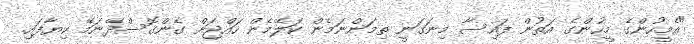
"އެމީހުންގެ މީހުންގެ އަތުން ފައިސާ މިނަގަނީ ތިމަންނަމެން ކަލޭމެން ހައްޖަށް ގެންގޮސްދޭނަމޭ ކިޔާފައި.